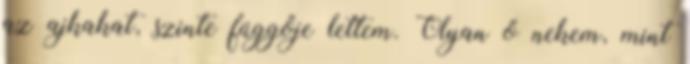
az ajkakat, szinte függője lettem. Olyan ő nekem, mint